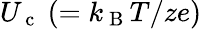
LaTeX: U_{\mathrm{~c~}}~(=k_{\mathrm{~B~}}T/ze)